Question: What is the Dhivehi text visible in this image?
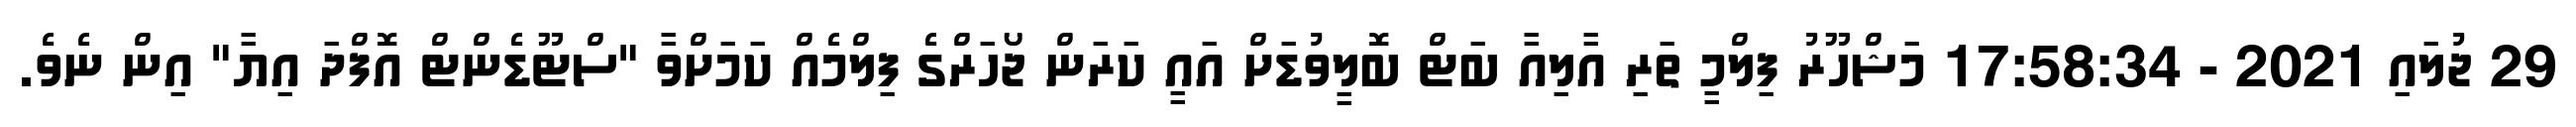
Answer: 29 ޖުލައި 2021 - 17:58:34 މަޝްހޫރު ފިލްމީ ތަރި އާލިއާ ބަޓް ބޮލީވުޑަށް އައީ ކަރަން ޖޯހަރްގެ ފިލްމެއް ކަމަށްވާ "ސްޓޫޑެންޓް އޮފްދަ އިޔާ" އިން ނެވެ.